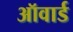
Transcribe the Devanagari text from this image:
ऑवार्ड